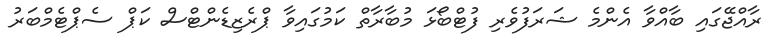
ރާއްޖޭގައި ބާއްވާ އެންމެ ޝަރަފުވެރި ފުޓްބޯޅަ މުބާރާތް ކަމުގައިވާ ޕްރެޒިޑެންޓްސް ކަޕް ސެޕްޓެމްބަރު